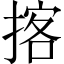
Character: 揢